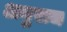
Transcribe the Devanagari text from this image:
अनुराज